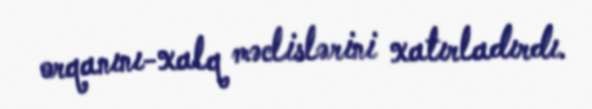
orqanını-xalq məclislərini xatırladırdı.